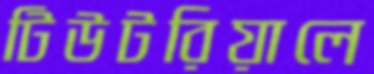
টিউটরিয়ালে